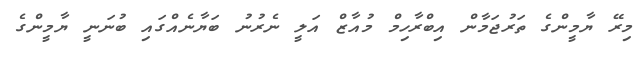
މިރޭ ޔާމީންގެ ތަރުޖަމާން އިބްރާހިމް މުއާޒް އަލީ ނެރުނު ބަޔާނެއްގައި ބުނަނީ ޔާމީންގެ